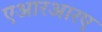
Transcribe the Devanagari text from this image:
एआरआरए